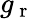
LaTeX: g_{\mathrm{~r~}}